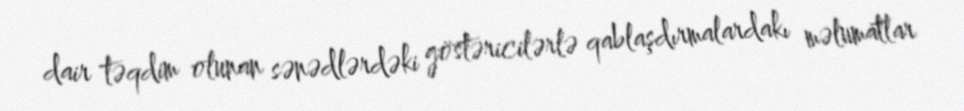
dair təqdim olunan sənədlərdəki göstəricilərlə qablaşdırmalardakı məlumatlar